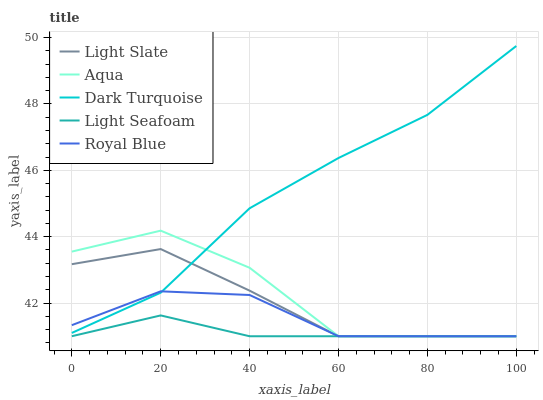
| xaxis_label | Light Slate | Aqua | Dark Turquoise | Light Seafoam | Royal Blue |
 | --- | --- | --- | --- | --- | --- |
 | 0 | 43.2 | 43.6 | 41.1 | 41 | 41.3 |
 | 20 | 43.6 | 44.2 | 42.3 | 41.6 | 42.4 |
 | 40 | 42.4 | 43.1 | 44.9 | 41 | 42.2 |
 | 60 | 41 | 41 | 46.4 | 41 | 41 |
 | 80 | 41 | 41 | 47.7 | 41 | 41 |
 | 100 | 41 | 41 | 49.7 | 41 | 41 |